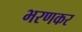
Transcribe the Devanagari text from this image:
भरणकर